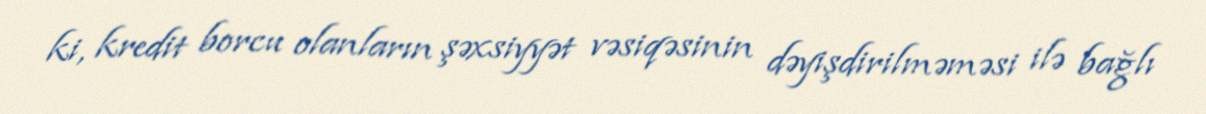
ki, kredit borcu olanların şəxsiyyət vəsiqəsinin dəyişdirilməməsi ilə bağlı